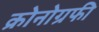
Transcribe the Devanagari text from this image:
क्रोनोग्रफी